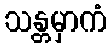
သန္တမှာကံ